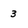
Character: 3